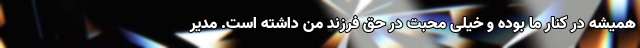
همیشه در کنار ما بوده و خیلی محبت در حق فرزند من داشته است. مدیر